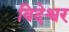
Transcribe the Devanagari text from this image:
विदेश्वर